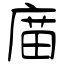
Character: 庿